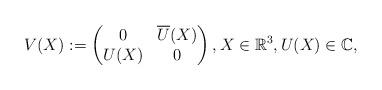
LaTeX: \begin{align*}V(X) := \begin{pmatrix} 0 & \overline{U}(X) \\ U(X) & 0\end{pmatrix}, X \in \mathbb{R}^{3}, U(X) \in \mathbb{C},\end{align*}